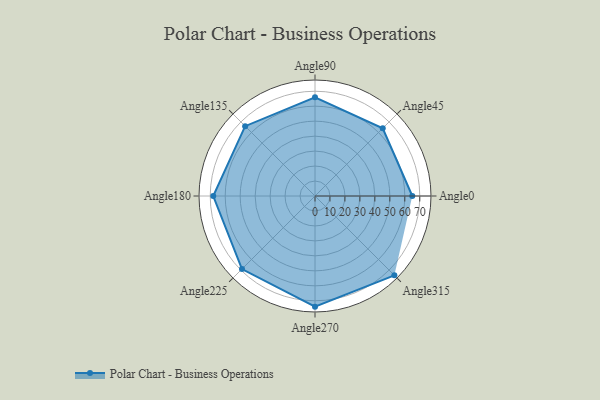
{"axis": {"x": "Angle", "y": "Radius"}, "legend": [""], "data": [{"x": "Angle0", "y": 65.0, "type": ""}, {"x": "Angle45", "y": 64.0, "type": ""}, {"x": "Angle90", "y": 66.0, "type": ""}, {"x": "Angle135", "y": 66.0, "type": ""}, {"x": "Angle180", "y": 68.0, "type": ""}, {"x": "Angle225", "y": 69.0, "type": ""}, {"x": "Angle270", "y": 74.0, "type": ""}, {"x": "Angle315", "y": 75.0, "type": ""}]}